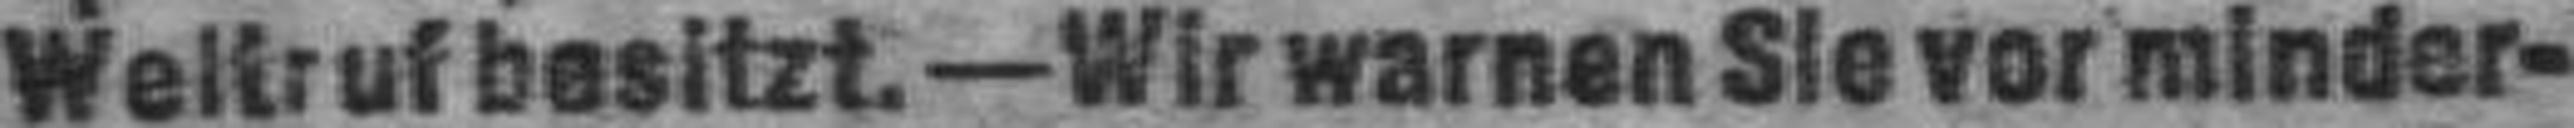
Weltruf besitzt. — Wir warnen Sie vor minder¬